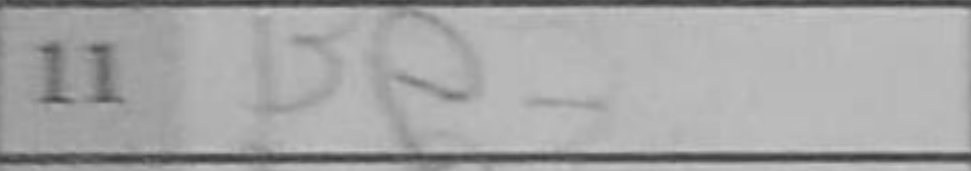
Transcription: Be3